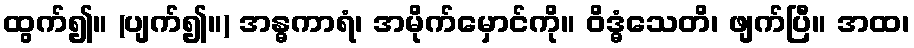
ထွက်၍။ (ပျက်၍။) အန္ဓကာရံ၊ အမိုက်မှောင်ကို။ ဝိဒ္ဓံသေတိ၊ ဖျက်ပြီ။ အထ၊